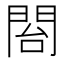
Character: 𮤍